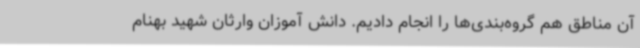
آن مناطق هم گروه‌بندی‌ها را انجام دادیم. دانش آموزان وارثان شهید بهنام